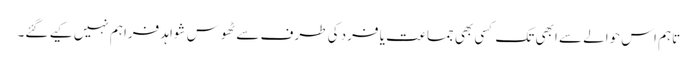
تاہم اس حوالے سے ابھی تک کسی بھی جماعت یا فرد کی طرف سے ٹھوس شواہد فراہم نہیں کیے گئے۔